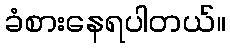
ခံစားနေရပါတယ်။